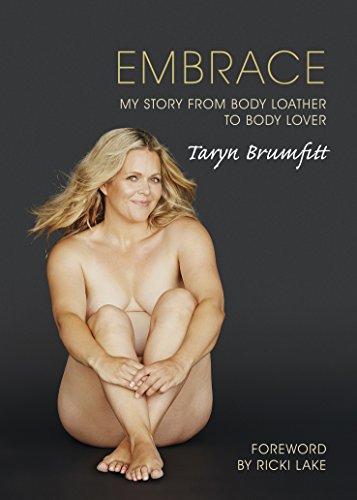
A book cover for Embrace: My Story from Body Loather to Body Lover; Taryn Brumfitt; Humor & Entertainment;